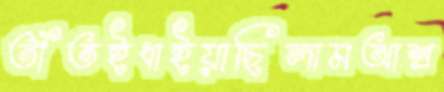
তাঁতইধাইয়াছিলামআশ্র